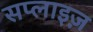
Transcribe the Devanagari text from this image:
सप्लाइज़